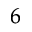
^ 6